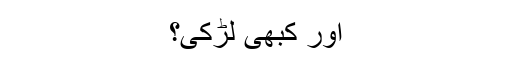
اور کبھی لڑکی؟